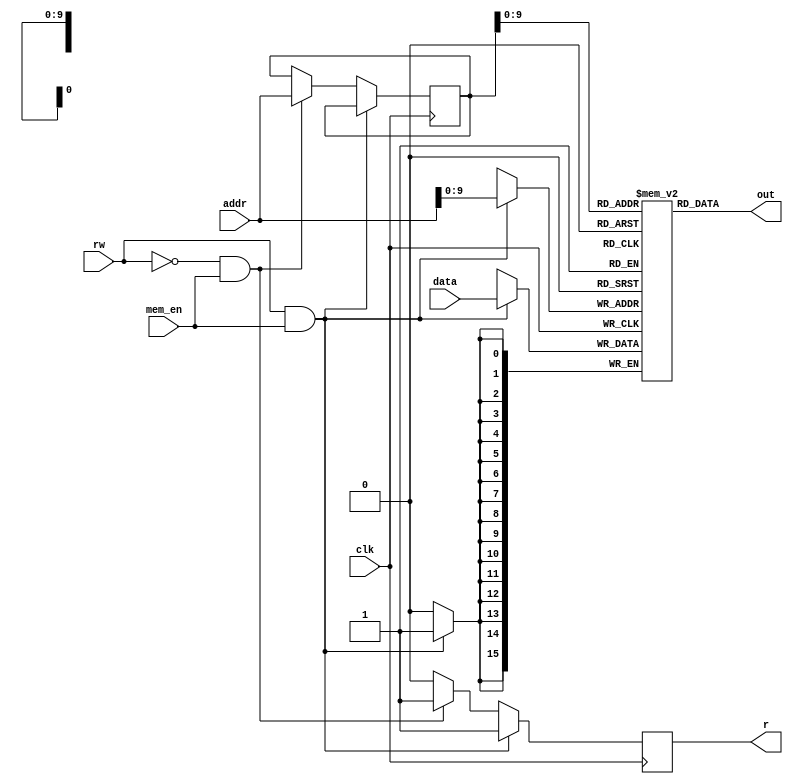
module Sram(input clk,
            input [15:0] data,
	        input [15:0] addr,
	        input mem_en, 
            input rw,
            output reg r = 0, 
	        output [15:0] out);

	reg [15:0] ram[1023:0];
	reg [15:0] addr_reg = 0;

    // Initialize RAM contents here
    initial
        begin
            ram[0]  = 16'b0100100000000011; // JSR 3
            ram[1]  = 16'h01F4; // String pointer (500)
            ram[2]  = 16'h0008; // Return pointer
            ram[3]  = 16'h00C8; // DisplayChar function pointer
            ram[4]  = 16'b0010001111111100; // LD R1 -4 *load R1 with string pointer
            ram[5]  = 16'b0010010111111100; // LD R2 -4 *load R2 with return pointer
            ram[6]  = 16'b0010011111111100; // LD R3 -4 *load R3 with DisplayChar function pointer
            ram[7]  = 16'b0100100100100100; // JSR 292  * JSR to DisplayString function (at 300)
            
            ram[8]  = 16'b0100100000000011; // JSR 3
            ram[9]  = 16'h0258; // String pointer (600)
            ram[10] = 16'h0012; // Return pointer
            ram[11] = 16'h0064; // InputChar function pointer
            ram[12] = 16'h00C8; // DisplayChar function pointer
            ram[13] = 16'b0010001111111011; // LD R1 -5
            ram[14] = 16'b0010010111111011; // LD R2 -5
            ram[15] = 16'b0010011111111011; // LD R3 -5
            ram[16] = 16'b0010100111111011; // LD R4 -5
            ram[17] = 16'b0100100101111110; // JSR 382 * JSR to InputString function (at 400)
            
            ram[18] = 16'b0100100000000011; // JSR 3
            ram[19] = 16'h0213;  
            ram[20] = 16'h001A; 
            ram[21] = 16'h00C8;
            ram[22] = 16'b0010001111111100; // LD R1 -4
            ram[23] = 16'b0010010111111100; // LD R2 -4
            ram[24] = 16'b0010011111111100; // LD R3 -4
            ram[25] = 16'b0100100100010010; // JSR 274
            
            ram[26] = 16'b0100100000000011; // JSR 3
            ram[27] = 16'h0258;
            ram[28] = 16'h0022;
            ram[29] = 16'h00C8;
            ram[30] = 16'b0010001111111100; // LD R1 -4
            ram[31] = 16'b0010010111111100; // LD R2 -4
            ram[32] = 16'b0010011111111100; // LD R3 -4
            ram[33] = 16'b0100100100001010; // JSR 266
            
            ram[34] = 16'b0100100000000011; // JSR 3
            ram[35] = 16'h021D;
            ram[36] = 16'h002A;
            ram[37] = 16'h00C8;
            ram[38] = 16'b0010001111111100; // LD R1 -4
            ram[39] = 16'b0010010111111100; // LD R2 -4
            ram[40] = 16'b0010011111111100; // LD R3 -4
            ram[41] = 16'b0100100100000010; // JSR 258
            
            ram[42] = 16'b0000111111111111; // BR NZP -1 (Basically halt)
            
            // Input Char function
            ram[99]  = 16'h03F0;
            // JSR down below
            ram[100] = 16'b0101101101100000; // AND R5 R5 0 * clear R5
            ram[101] = 16'b0001101101100001; // ADD R5 R5 1 * set R5
            ram[102] = 16'b0010110111111100; // LD R6 -4    * set R6 to point to mmio
            ram[103] = 16'b0111101110000001; // STR R5 R6 1 * KBSR set
            ram[104] = 16'b0110101110000001; // LDR R5 R6 1 * poll KBSR
            ram[105] = 16'b0000001111111110; // BR 001 -2   * wait
            ram[106] = 16'b0110000110000000; // LDR R0 R6 0 * load input into R0
            ram[107] = 16'b1100000111000000; // JMP R7      * return from JSR
            
            
            // Display Char function
            ram[199] = 16'h03F0;
            // JSR down below
            ram[200] = 16'b0101101101100000; // AND R5 R5 0 * clear R5
            ram[201] = 16'b0001101101100001; // ADD R5 R5 1 * set R5
            ram[202] = 16'b0010110111111100; // LD R6 -4    * set R6 to point to mmio
            ram[203] = 16'b0111000110000010; // STR R0 R6 2 * DDR loaded
            ram[204] = 16'b0111101110000011; // STR R5 R6 3 * DSR set
            ram[205] = 16'b0110101110000011; // LDR R5 R6 3 * poll DSR
            ram[206] = 16'b0000001111111110; // BR 001 -2   * wait till finish
            ram[207] = 16'b1100000111000000; // JMP R7      * return from JSR
            
            // Display String function
            ram[300] = 16'b0110000001000000; // LDR R0 R1 0 
            ram[301] = 16'b0000010000000011; // BR 010 3
            ram[302] = 16'b0100000011000000; // JSRR R3
            ram[303] = 16'b0001001001100001; // ADD R1 R1 1
            ram[304] = 16'b0000111111111011; // BR 111 -5
            ram[305] = 16'b1100000010000000; // JMP R2 
            
            // Input String function
            ram[399]  = 16'hFFF3;             //                * negative value of 'enter' (aka carraige return) ascii code, -13 
            ram[400]  = 16'b0100000011000000; // JSRR R3        * Input char
            ram[401]  = 16'b0010101111111101; // LD R5 -3       * Very important to do this AFTER input (InputChar uses R5)
            ram[402]  = 16'b0101110110100000; // AND R6 R6 0    * clear R6
            ram[403]  = 16'b0001110000000101; // ADD R6 R0 R5   * 
            ram[404]  = 16'b0000010000000100; // BR Z 4         * Check if 'enter' ascii code
            ram[405]  = 16'b0111000001000000; // STR R0 R1 0    * Store char at pointer
            ram[406]  = 16'b0001001001100001; // ADD R1 R1 1    * increment pointer
            ram[407]  = 16'b0100000100000000; // JSRR R4        * Display char
            ram[408]  = 16'b0000111111110111; // BR NZP -9      * Loop back to input char
            ram[409]  = 16'b0101000000100000; // AND R0 R0 0    *
            ram[410]  = 16'b0111000001000000; // STR R0 R1 0    * Store null terminating value
            ram[411]  = 16'b1100000010000000; // JMP R2         * return from subroutine
            
            // String "Hello World!\nEnter your name:"
            ram[500] = 16'h0048; // H
            ram[501] = 16'h0065; // e
            ram[502] = 16'h006C; // l
            ram[503] = 16'h006C; // l
            ram[504] = 16'h006F; // o
            ram[505] = 16'h0020; // space 
            ram[506] = 16'h0057; // W
            ram[507] = 16'h006F; // o 
            ram[508] = 16'h0072; // r 
            ram[509] = 16'h006C; // l 
            ram[510] = 16'h0064; // d 
            ram[511] = 16'h0021; // !
            ram[512] = 16'h000D; // CR (and implicit newline interpretation) 
            ram[513] = 16'h0045; // E
            ram[514] = 16'h006E; // n
            ram[515] = 16'h0074; // t
            ram[516] = 16'h0065; // e
            ram[517] = 16'h0072; // r
            ram[518] = 16'h0020; // space
            ram[519] = 16'h0079; // y
            ram[520] = 16'h006F; // o
            ram[521] = 16'h0075; // u
            ram[522] = 16'h0072; // r
            ram[523] = 16'h0020; // space 
            ram[524] = 16'h006E; // n 
            ram[525] = 16'h0061; // a 
            ram[526] = 16'h006D; // m 
            ram[527] = 16'h0065; // e
            ram[528] = 16'h003A; // :  
            ram[529] = 16'h0020; // space 
            ram[530] = 16'h0000; 
            
            // String "\nWelcome "
            ram[531] = 16'h000D; // CR
            ram[532] = 16'h0057; // W
            ram[533] = 16'h0065; // e
            ram[534] = 16'h006C; // l
            ram[535] = 16'h0063; // c
            ram[536] = 16'h006F; // o
            ram[537] = 16'h006D; // m 
            ram[538] = 16'h0065; // e
            ram[539] = 16'h0020; // space 
            ram[540] = 16'h0000;
            
            // String ", to LC-3."
            ram[541] = 16'h002C; // ,
            ram[542] = 16'h0020; // space
            ram[543] = 16'h0074; // t
            ram[544] = 16'h006F; // o
            ram[545] = 16'h0020; // space
            ram[546] = 16'h004C; // L
            ram[547] = 16'h0043; // C
            ram[548] = 16'h002D; // -
            ram[549] = 16'h0033; // 3
            ram[550] = 16'h002E; // .
            ram[551] = 16'h0000;
                 
        end
    
	
	always @ (posedge clk)
	    begin
		    if (rw & mem_en) begin
			    ram[addr] <= data;
                r <= 1;
            end
            else if (!rw & mem_en) begin
                addr_reg <= addr;
                r <= 1;
            end
            else
                r <= 0;
	    end
		
	assign out = ram[addr_reg];

endmodule

// Memory Mappend IO, starting from 03F0 (1008)
// 03F0 - KBDR (input)
// 03F1 - KBSR
// 03F2 - DDR  (output)
// 03F3 - DSR

module AddrCtrl(input [15:0] mar,
                input mio_en,
                input rw,
                output mem_en,
                output reg [1:0] inmux_sel,
                output reg ld_kbsr,
                output reg ld_ddr,
                output reg ld_dsr);

    always@(*)
        begin
            ld_kbsr = 0;
            ld_ddr = 0;
            ld_dsr = 0;
            inmux_sel = 2'b11;
            if(mio_en)
                case(mar)
                    16'h03F0: inmux_sel = 2'b00;
                    16'h03F1: // Input - Keyboard status register
                            if(rw) ld_kbsr = 1;
                            else inmux_sel = 2'b01;
                    16'h03F2: 
                            if(rw) ld_ddr = 1;
                    16'h03F3:  // Output - Data status register
                            if(rw) ld_dsr = 1;
                            else inmux_sel = 2'b10;
                    default:;
                endcase
         end
        
        assign mem_en = mio_en;
        
endmodule